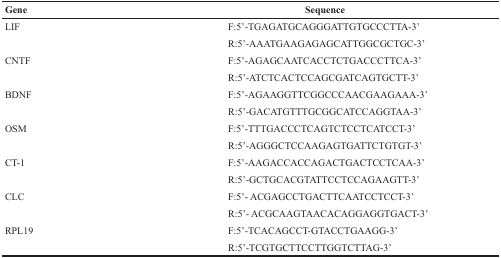
<table><thead><tr><td><b>Gene</b></td><td><b>Sequence</b></td></tr></thead><tbody><tr><td>LIF</td><td>F:5’-TGAGATGCAGGGATTGTGCCCTTA-3’</td></tr><tr><td></td><td>R:5’-AAATGAAGAGAGCATTGGCGCTGC-3’</td></tr><tr><td>CNTF</td><td>F:5’-AGAGCAATCACCTCTGACCCTTCA-3’</td></tr><tr><td></td><td>R:5’-ATCTCACTCCAGCGATCAGTGCTT-3’</td></tr><tr><td>BDNF</td><td>F:5’-AGAAGGTTCGGCCCAACGAAGAAA-3’</td></tr><tr><td></td><td>R:5’-GACATGTTTGCGGCATCCAGGTAA-3’</td></tr><tr><td>OSM</td><td>F:5’-TTTGACCCTCAGTCTCCTCATCCT-3’</td></tr><tr><td></td><td>R:5’-AGGGCTCCAAGAGTGATTCTGTGT-3’</td></tr><tr><td>CT-1</td><td>F:5’-AAGACCACCAGACTGACTCCTCAA-3’</td></tr><tr><td></td><td>R:5’-GCTGCACGTATTCCTCCAGAAGTT-3’</td></tr><tr><td>CLC</td><td>F:5’- ACGAGCCTGACTTCAATCCTCCT-3’</td></tr><tr><td></td><td>R:5’- ACGCAAGTAACACAGGAGGTGACT-3’</td></tr><tr><td>RPL19</td><td>F:5’-TCACAGCCT-GTACCTGAAGG-3’</td></tr><tr><td></td><td>R:5’-TCGTGCTTCCTTGGTCTTAG-3’</td></tr></tbody></table>